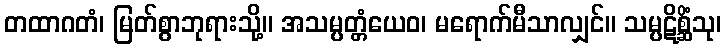
တထာဂတံ၊ မြတ်စွာဘုရားသို့။ အသမ္ပတ္တံယေဝ၊ မရောက်မီသာလျှင်။ သမ္ပဋိစ္ဆိံသု၊